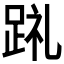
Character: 𲃤